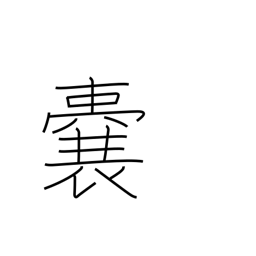
Meaning: purse